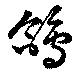
鴿